Bréfritari: Sigurður Jónsson
Viðtakandi: Jón Borgfirðings Jónsson
Dagsetning: A-1858-11-23
Skrifað á: Möðrudal  N-Múl.

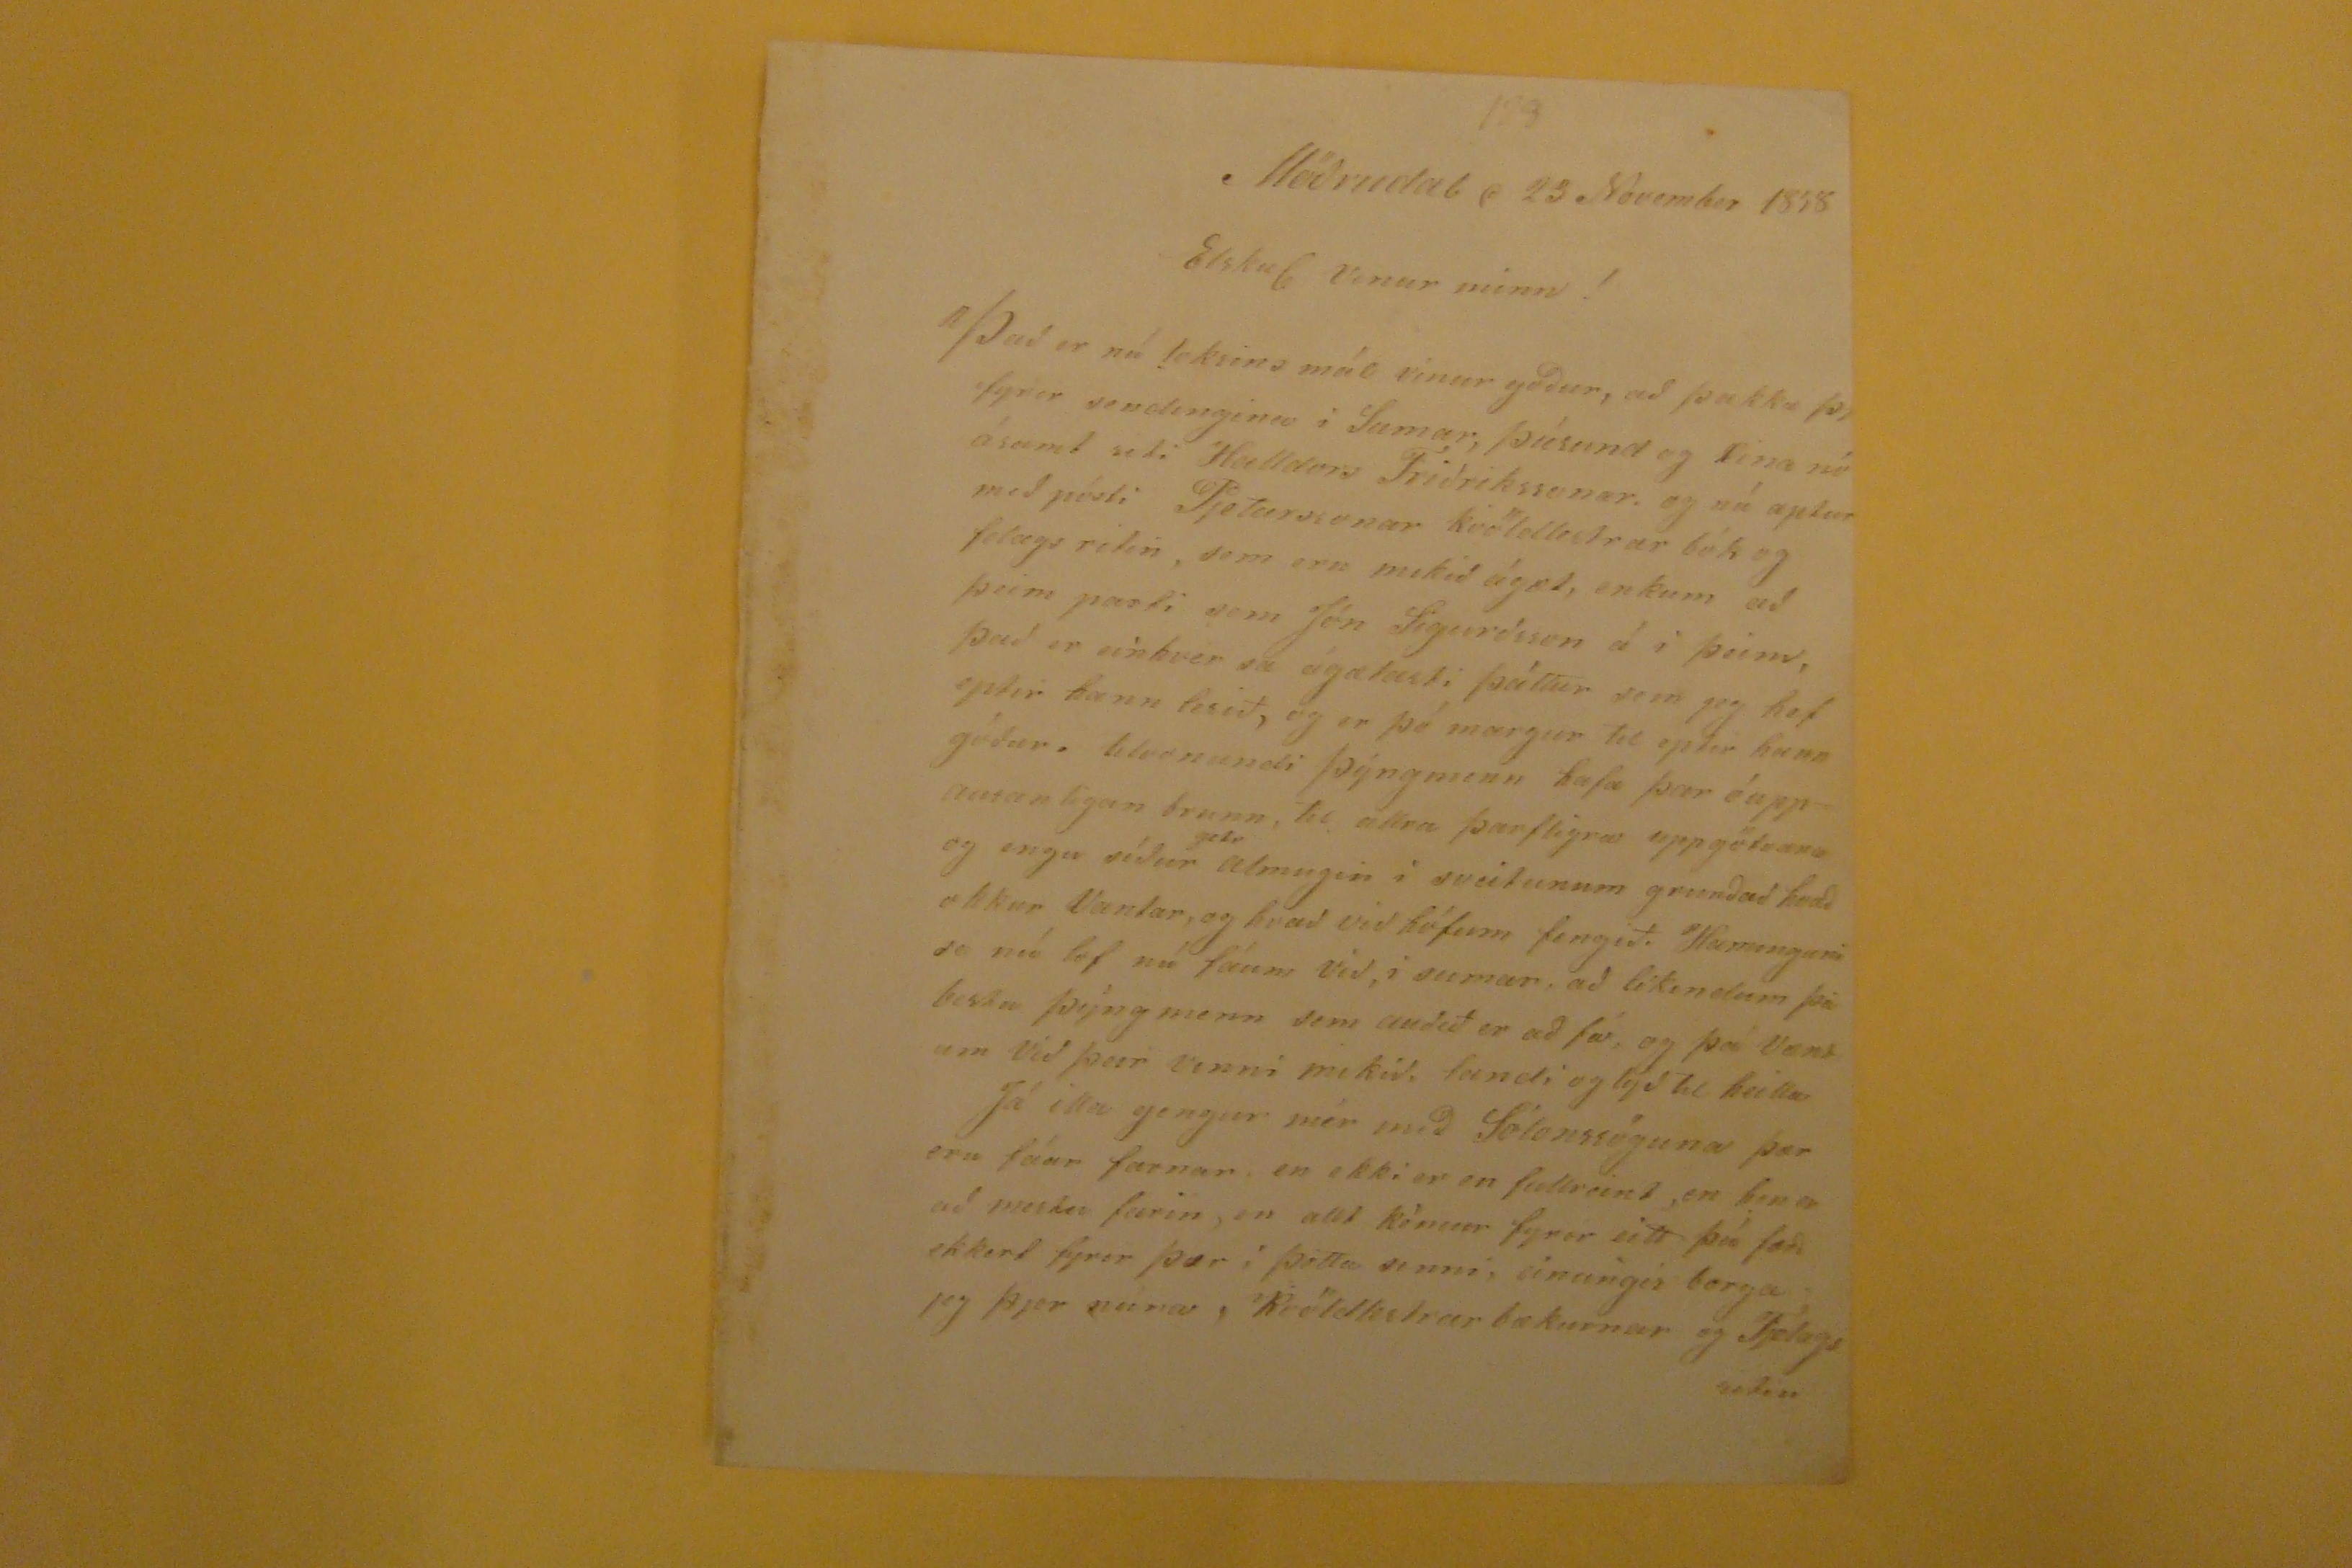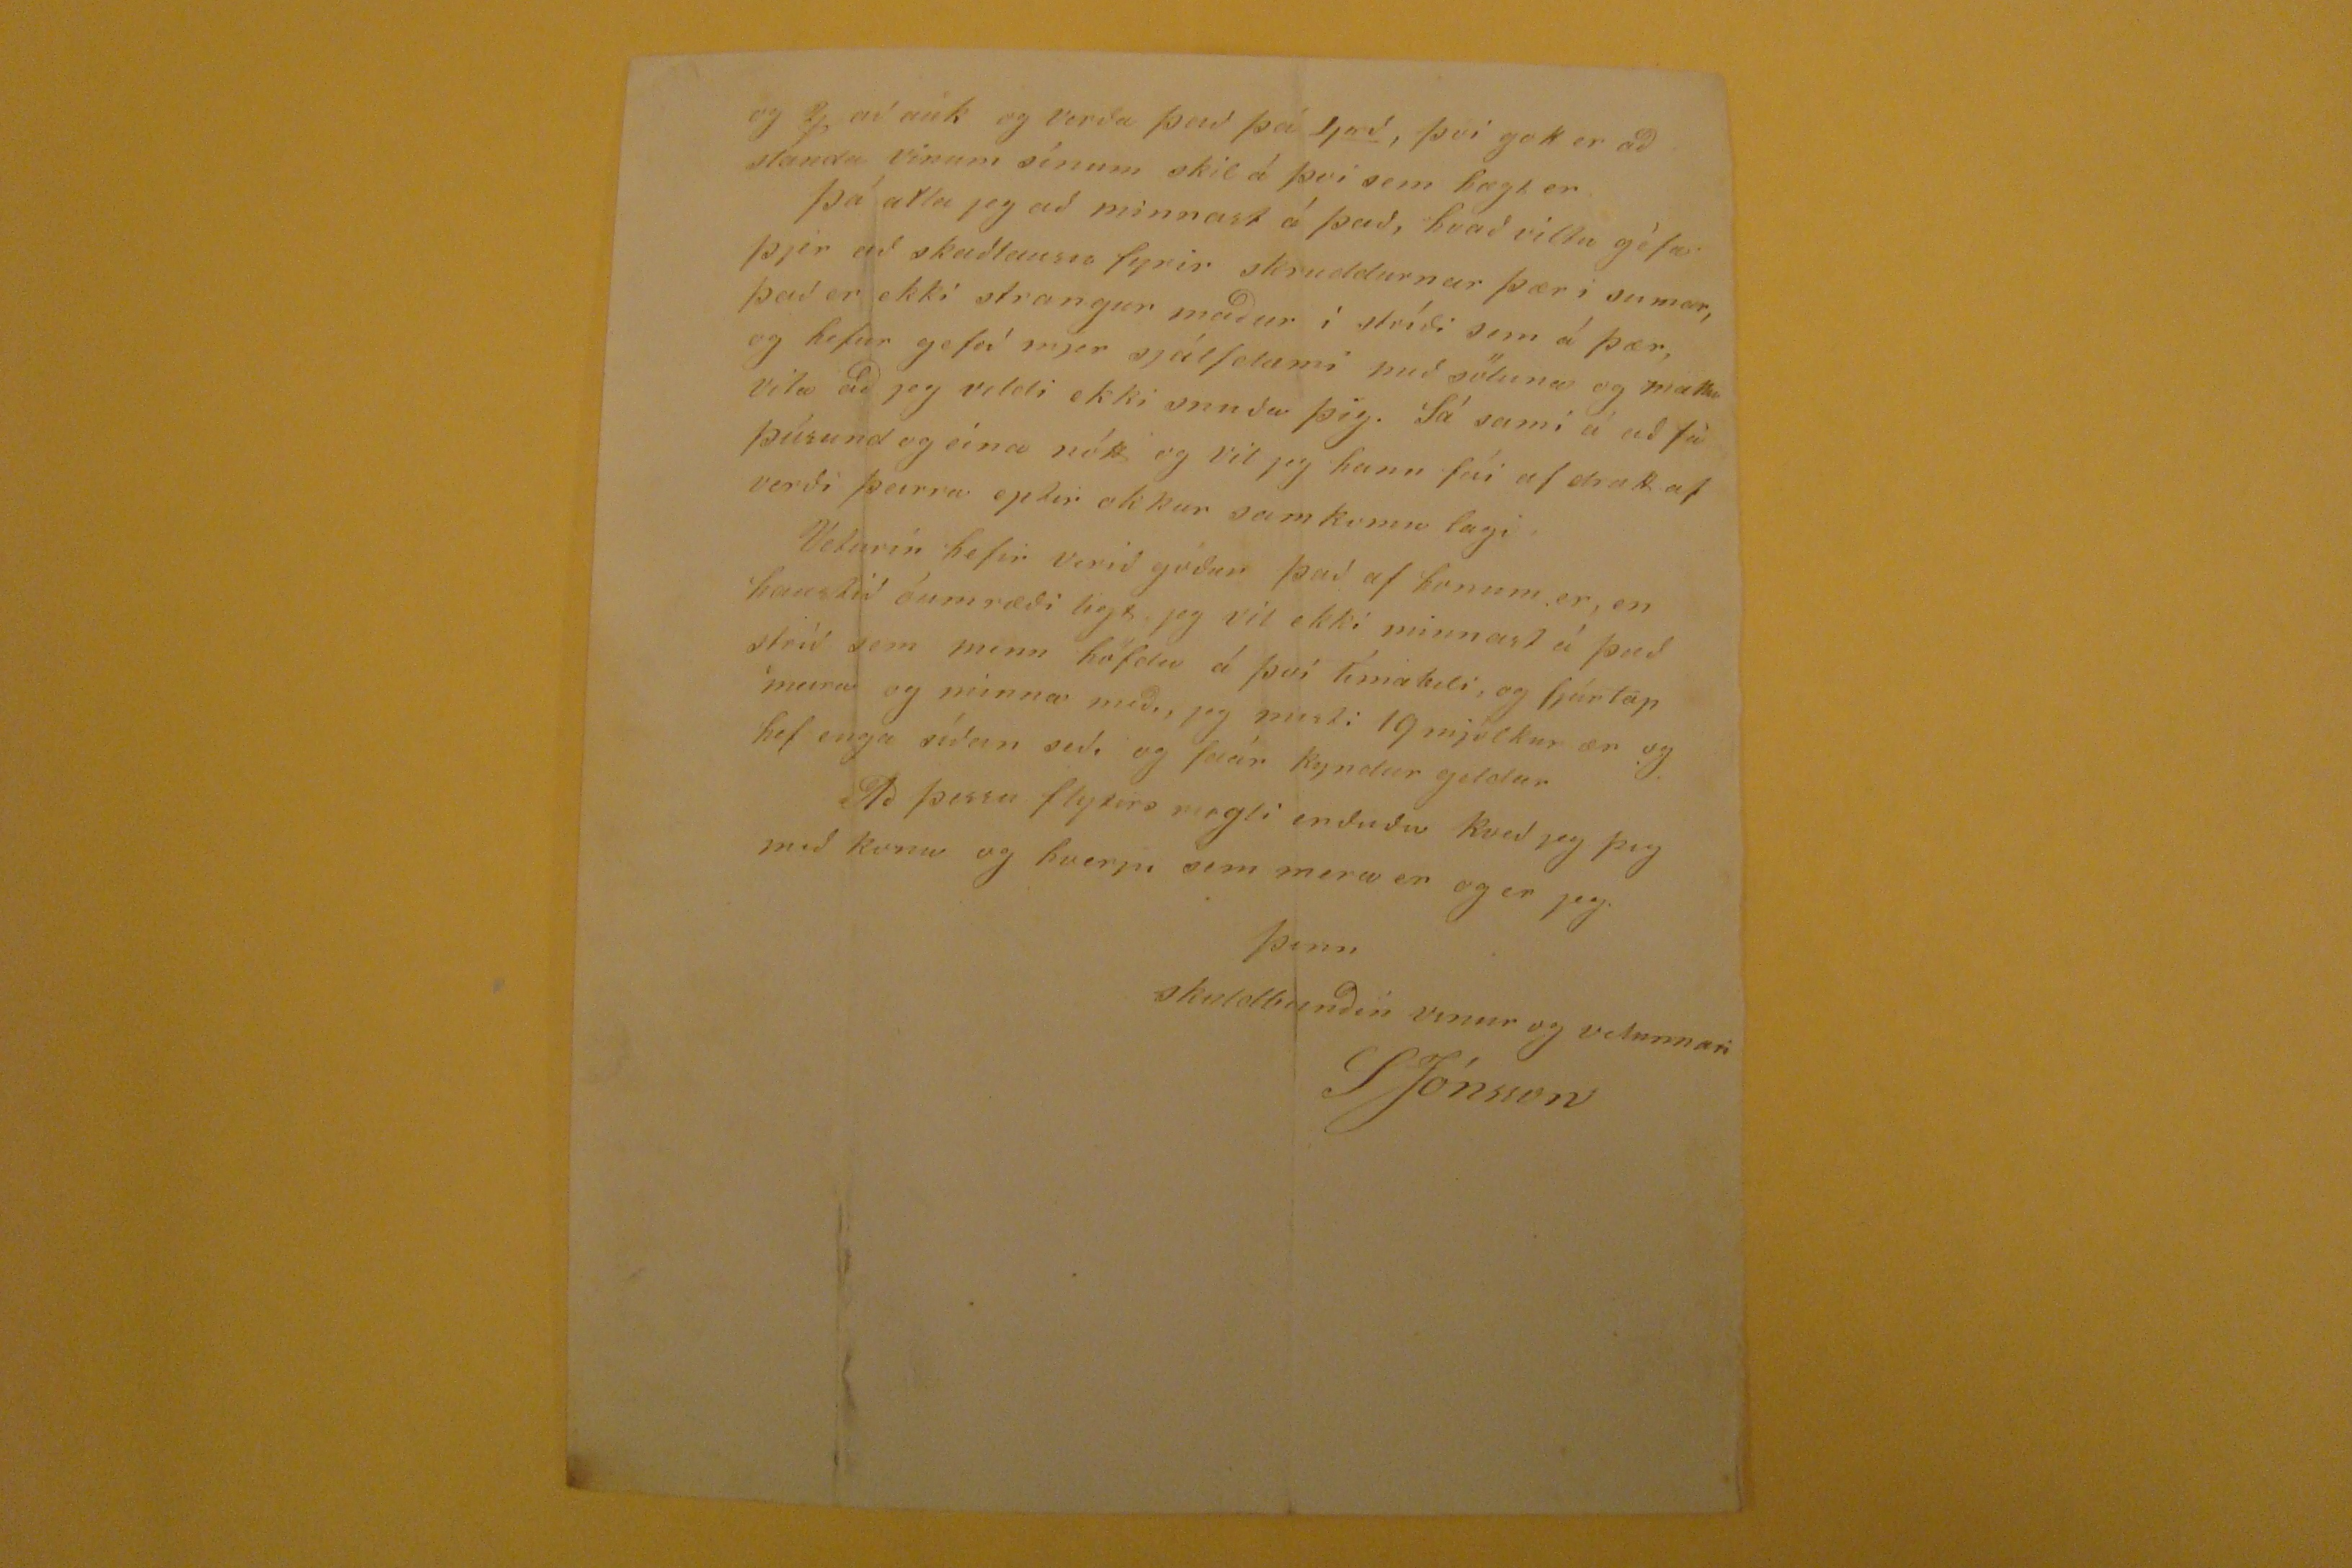

Möðrudal d 23 November 1858
Elskul vinur minn!
ÞAð er nú loksins mál vinur góður, að þakka
þjer
fyrir sendinguna í SUmar, þúsund og eina nó
tt
ásamt riti Halldors Friðrikssonar. og nú aptur með pósti Pjetursonar kvöldlestrar bók og felags ritin, sem eru mikið ágæt, enkum að þeim parti sem Jón Sigurðsson á i þeim, það er einhver sa ágætasti þáttur sem jeg hef eptir hann lesið, og er þómargur til eptir hann góður. tilvonandi þýngmenn hafa þar óupp
ausanligan
brunn, til allra þarfligra uppgötvana og enga síður
geta
almeigin í sveitunum grunðað hvað okkur Vantar, og hvað við höfum fengið. Haminguni se nú lof nú fáum við, í sumar, að likundum þá bestu þýngmenn sem auðið er að fá, og þá vænt um við þeir vinni mikið. landi og lyð til heilla Já illa gengur mér með Sólonssöguna þar eru fáar farnar en ekki er en fullreint, en hinar að mestu farin, en allt kémur fyrir eitt þú færð ekkert fyrir þær í þetta sinni, einungis borga jeg þjer núna, Kvöldlestrar bækurnar og Fjelags ritin
og 2
j
að auk og verða það þá 4
rd
, því gott er að standa vinum sínum skil á þvi sem hægt er Þá atla jeg að minnast á það, hvað viltu géfa þjer að skaðlausu fyrir skruddurnar þær i sumar, það er ekkis trangur maður í stríði sem á þær, og hefur gefið mjer sjálfdæmi með söluna og mattu vita að jeg vildi ekki snnða þig. Sá sami á að fá þúsund og ein anótt og vil jeg hann fái af drætt af verði þeirra petir okkur samkomu lagi Veturin hefir verið góður það af honum er, en haustið óumræði legt, jeg vil ekki minnast á það stríð sem menn höfdu á því tímabili, og fjártap meira og minna með, jeg misti 19 mjólkur ær og hef enga síðan seð, og fáar kyndur geldar Að þessu flytirs rugli enðuðu kveð jeg þig með
konu
og hverju sem mera er og er jeg
þinn
skuldbunðin vinur og velunnari
SJónsson